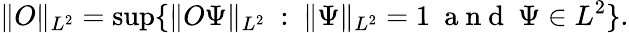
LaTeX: \Vert O\Vert_{L^{2}}=\operatorname*{sup}\{ \Vert O\Psi\Vert_{L^{2}}~:~\Vert\Psi\Vert_{L^{2}}=1~\mathrm{~a~n~d~}~\Psi\in L^{2}\} .